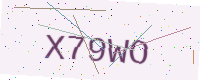
Text: X79WO